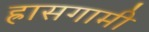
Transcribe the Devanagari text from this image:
ह्रासगामी